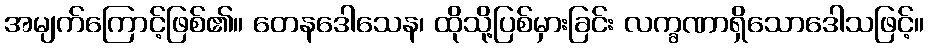
အမျက်ကြောင့်ဖြစ်၏။ တေနဒေါသေန၊ ထိုသို့ပြစ်မှားခြင်း လက္ခဏာရှိသောဒေါသဖြင့်။